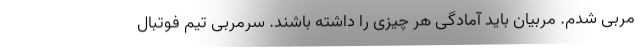
مربی شدم. مربیان باید آمادگی هر چیزی را داشته باشند. سرمربی تیم فوتبال